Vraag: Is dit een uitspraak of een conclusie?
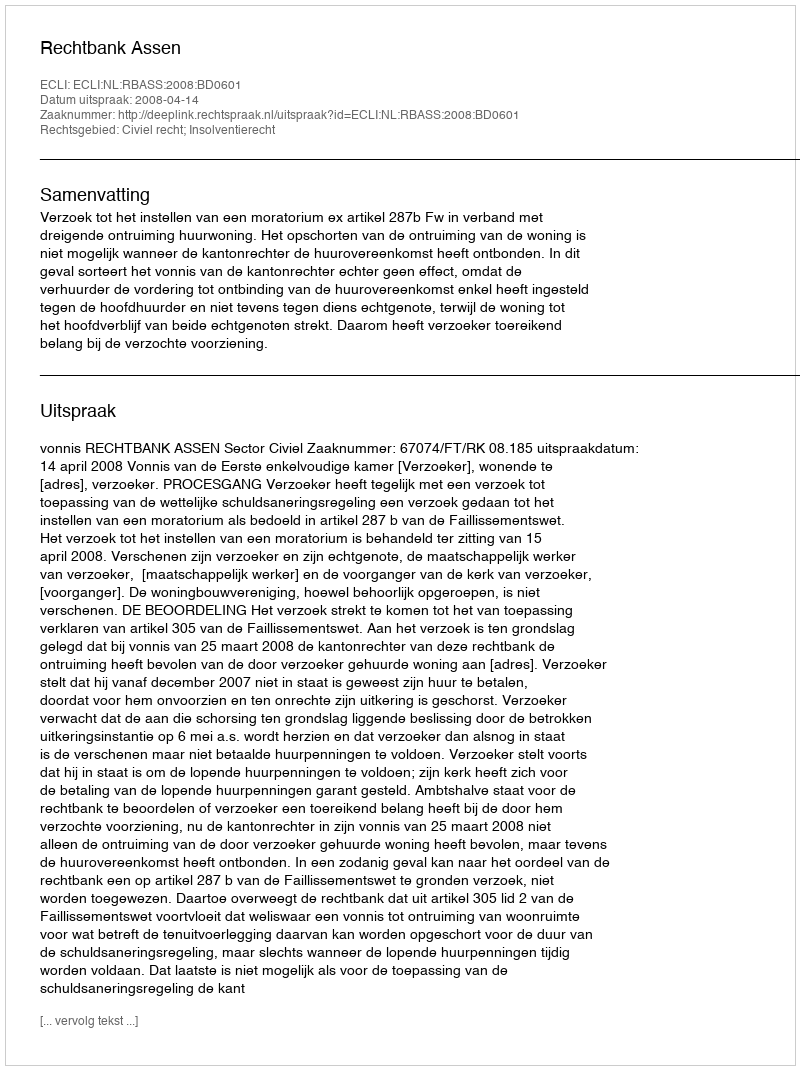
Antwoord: Uitspraak